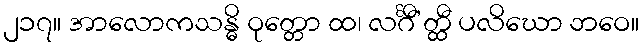
၂၁၇။ အာလောကသန္ဓိ ဝုတ္တော ထ၊ လင်္ဂီ’တ္ထီ ပလိဃော ဘဝေ။